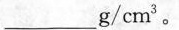
___g/cm3。